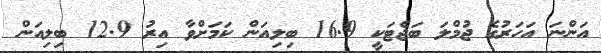
އަންނަ އަހަރުގެ ޖުމްލަ ބަޖެޓަކީ 16.9 ބިލިއަން ކަމަށްވާ އިރު 12.9 ބިލިއަން